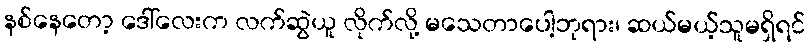
နစ်နေတော့ ဒေါ်လေးက လက်ဆွဲယူ လိုက်လို့ မသေတာပေါ့ဘုရား၊ ဆယ်မယ့်သူမရှိရင်